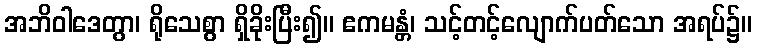
အဘိဝါဒေတွာ၊ ရိုသေစွာ ရှိခိုးပြီး၍။ ဧကမန္တံ၊ သင့်တင့်လျောက်ပတ်သော အရပ်၌။